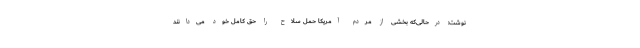
نوشت: درحالی‌که بخشی از مردم آمریکا حمل سلاح را حق کامل خود می‌دانند